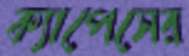
ক্যাপেসের